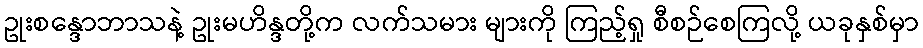
ဥုးစန္ဒောဘာသနဲ့ ဥုးမဟိန္ဒတို့က လက်သမား များကို ကြည့်ရှု စီစဉ်စေကြလို့ ယခုနှစ်မှာ